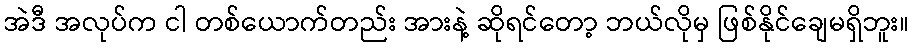
အဲဒီ အလုပ်က ငါ တစ်ယောက်တည်း အားနဲ့ ဆိုရင်တော့ ဘယ်လိုမှ ဖြစ်နိုင်ချေမရှိဘူး။